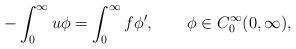
LaTeX: \begin{align*}-\int_0^\infty u\phi=\int_0^\infty f\phi',\qquad\phi\in C_0^\infty(0,\infty),\end{align*}